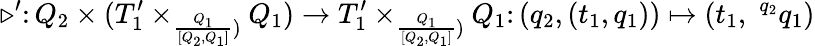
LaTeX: \triangleright^{\prime}\colon Q_{2}\times(T_{1}^{\prime}\times_{\frac{Q_{1}}{[Q_{2},Q_{1}]})}Q_{1})\to T_{1}^{\prime}\times_{\frac{Q_{1}}{[Q_{2},Q_{1}]})}Q_{1}\colon(q_{2},(t_{1},q_{1}))\mapsto(t_{1},\; ^{q_{2}}q_{1})